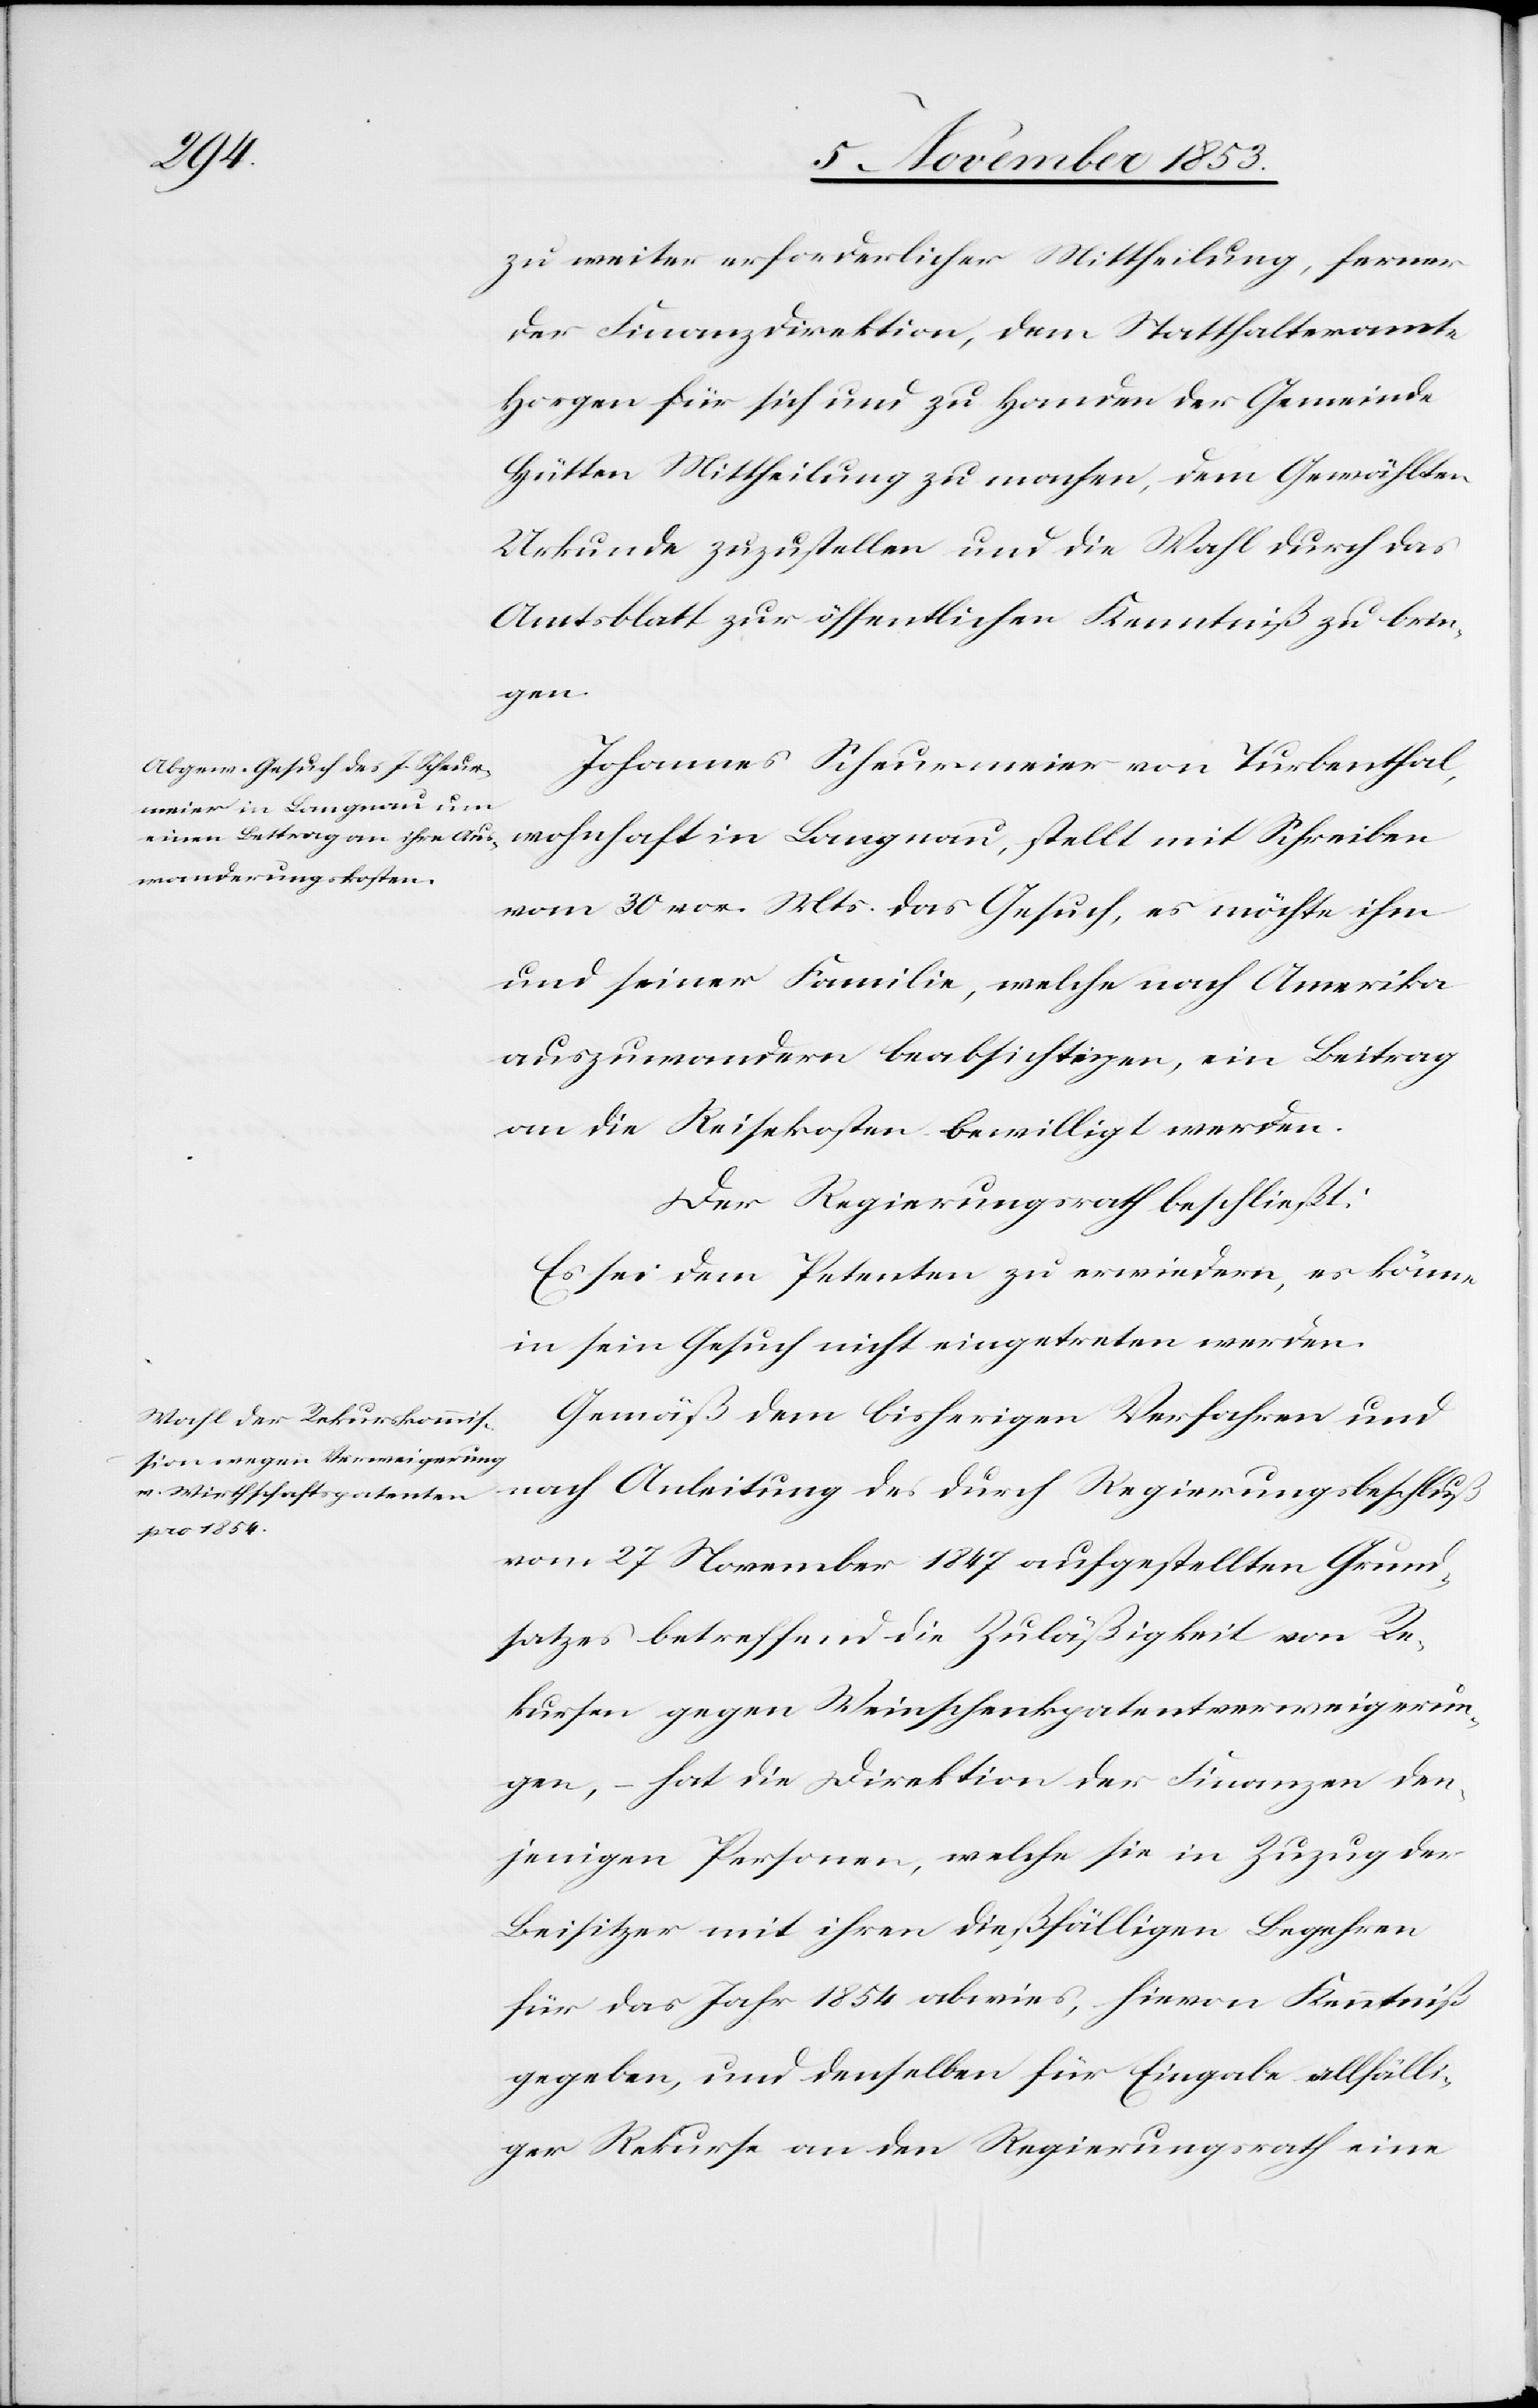
mit
zu weiter erforderlicher Mittheilung, ferner
der Finanzdirektion, dem Statthalteramte
Horgen für sich und zu Handen der Gemeinde
Hütten Mittheilung zu machen, dem Gewählten
Urkunde zuzustellen und die Wahl durch das
Amtsblatt zur öffentlichen Kenntniß zu brin¬
gen.
Johannes Scheurmeier von Turbenthal,
vom 30 vor. Mts. das Gesuch, es möchte ihm
und seiner Familie, welche nach Amerika
auszuwandern beabsichtigen, ein Beitrag
an die Reisekosten bewilligt werden.
Der Regierungsrath beschließt:
Es sei dem Petenten zu erwiedern, es könne
in sein Gesuch nicht eingetreten werden.
Gemäß dem bisherigen Verfahren und
nach Anleitung des durch Regierungsbeschluß
vom 27 November 1847 aufgestellten Grund¬
satzes betreffend die Zuläßigkeit von Re¬
kursen gegen Weinschenkpatentverweigerun¬
gen, – hat die Direktion der Finanzen den¬
jenigen Personen, welche sie in Zuzug der
Beisitzer mit ihren dießfälligen Begehren
für das Jahr 1854 abwies, hievon Kenntniß
gegeben, und denselben für Eingabe allfälli¬
ger Rekurse an den Regierungsrath eine